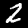
Label: 2